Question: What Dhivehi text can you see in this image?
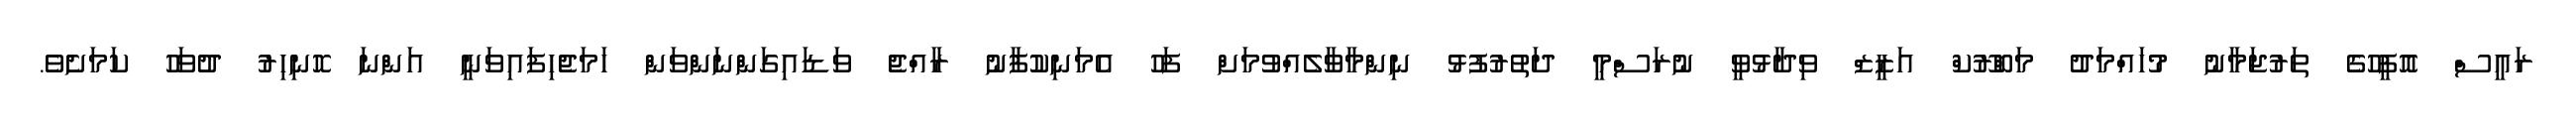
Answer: ރައީސް އޮފީހުގެ ތަރުޖަމާނު މުހައްމަދު މަބްރޫކް އަޒީޒް ވިދާޅުވީ ނުރަސްމީ ދަތުރުފުޅު ނިންމާވާލެއްވުމަށް ފަހު އެމަނިކުފާނު ރާއްޖެ ވަޑައިގަންނަންވަން ހަމަޖެހިފައިވަނީ އަންނަ ހޮނިހިރު ދުވަހު ކަމަށެވެ.